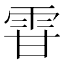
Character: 雸